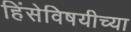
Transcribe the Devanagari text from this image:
हिंसेविषयीच्या